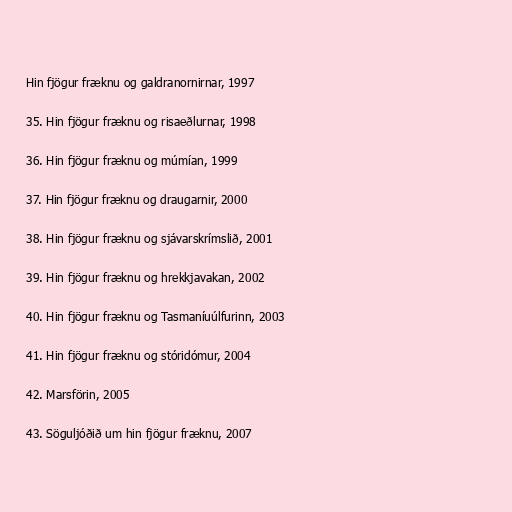
Hin fjögur fræknu og galdranornirnar, 1997

35. Hin fjögur fræknu og risaeðlurnar, 1998

36. Hin fjögur fræknu og múmían, 1999

37. Hin fjögur fræknu og draugarnir, 2000

38. Hin fjögur fræknu og sjávarskrímslið, 2001

39. Hin fjögur fræknu og hrekkjavakan, 2002

40. Hin fjögur fræknu og Tasmaníuúlfurinn, 2003

41. Hin fjögur fræknu og stóridómur, 2004

42. Marsförin, 2005

43. Söguljóðið um hin fjögur fræknu, 2007